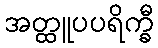
အတ္ထူပပရိက္ခီ